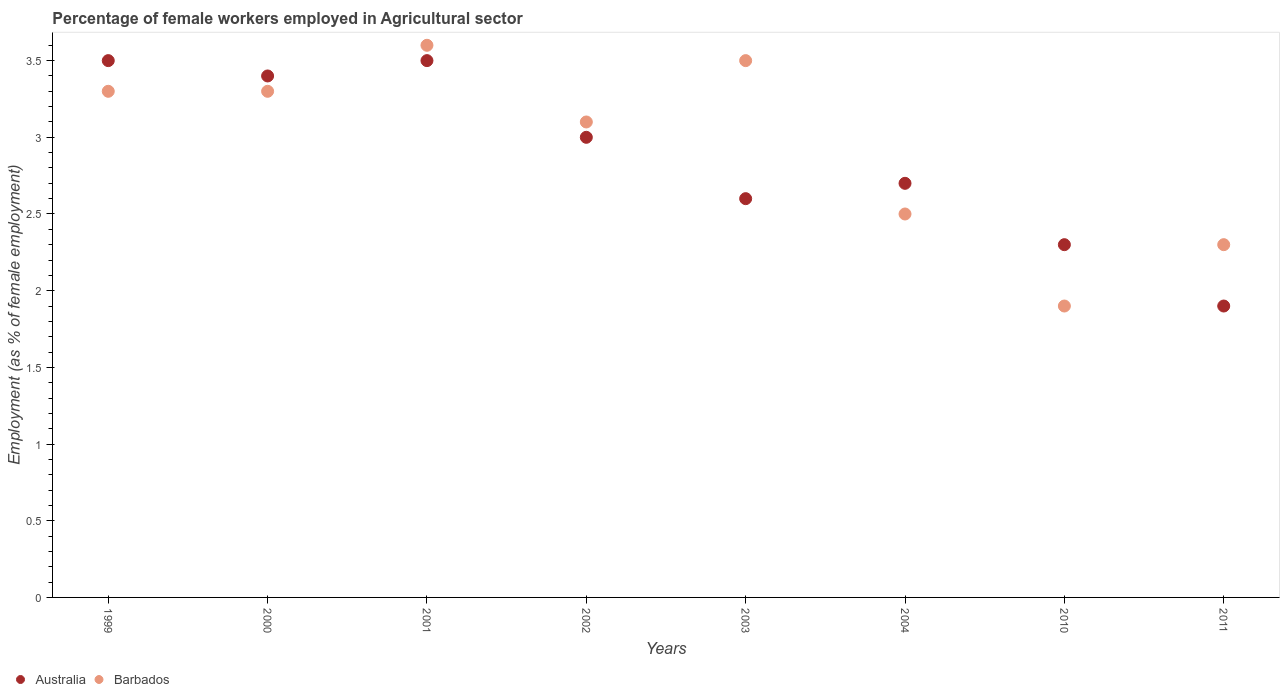
| Years | Australia | Barbados |
 | --- | --- | --- |
 | 1999 | 3.5 | 3.3 |
 | 2000 | 3.4 | 3.3 |
 | 2001 | 3.5 | 3.6 |
 | 2002 | 3 | 3.1 |
 | 2003 | 2.6 | 3.5 |
 | 2004 | 2.7 | 2.5 |
 | 2010 | 2.3 | 1.9 |
 | 2011 | 1.9 | 2.3 |